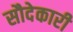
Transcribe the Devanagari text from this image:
सौदेकारी